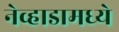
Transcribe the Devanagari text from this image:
नेव्हाडामध्ये